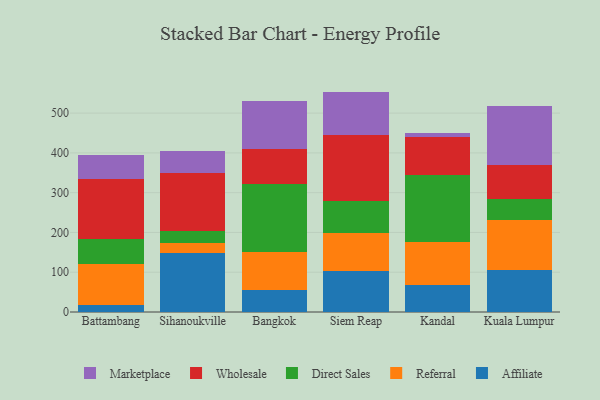
{"axis": {"x": "City", "y": "Demand Index"}, "legend": ["Affiliate", "Direct Sales", "Marketplace", "Referral", "Wholesale"], "data": [{"x": "Battambang", "y": 16.5, "type": "Affiliate"}, {"x": "Battambang", "y": 104.7, "type": "Referral"}, {"x": "Battambang", "y": 62.1, "type": "Direct Sales"}, {"x": "Battambang", "y": 150.0, "type": "Wholesale"}, {"x": "Battambang", "y": 62.1, "type": "Marketplace"}, {"x": "Sihanoukville", "y": 147.8, "type": "Affiliate"}, {"x": "Sihanoukville", "y": 25.5, "type": "Referral"}, {"x": "Sihanoukville", "y": 29.9, "type": "Direct Sales"}, {"x": "Sihanoukville", "y": 145.3, "type": "Wholesale"}, {"x": "Sihanoukville", "y": 57.1, "type": "Marketplace"}, {"x": "Bangkok", "y": 54.1, "type": "Affiliate"}, {"x": "Bangkok", "y": 97.3, "type": "Referral"}, {"x": "Bangkok", "y": 171.6, "type": "Direct Sales"}, {"x": "Bangkok", "y": 86.7, "type": "Wholesale"}, {"x": "Bangkok", "y": 121.0, "type": "Marketplace"}, {"x": "Siem Reap", "y": 103.4, "type": "Affiliate"}, {"x": "Siem Reap", "y": 96.3, "type": "Referral"}, {"x": "Siem Reap", "y": 78.5, "type": "Direct Sales"}, {"x": "Siem Reap", "y": 167.9, "type": "Wholesale"}, {"x": "Siem Reap", "y": 108.0, "type": "Marketplace"}, {"x": "Kandal", "y": 67.7, "type": "Affiliate"}, {"x": "Kandal", "y": 109.1, "type": "Referral"}, {"x": "Kandal", "y": 167.9, "type": "Direct Sales"}, {"x": "Kandal", "y": 95.9, "type": "Wholesale"}, {"x": "Kandal", "y": 9.6, "type": "Marketplace"}, {"x": "Kuala Lumpur", "y": 105.3, "type": "Affiliate"}, {"x": "Kuala Lumpur", "y": 126.2, "type": "Referral"}, {"x": "Kuala Lumpur", "y": 51.6, "type": "Direct Sales"}, {"x": "Kuala Lumpur", "y": 85.7, "type": "Wholesale"}, {"x": "Kuala Lumpur", "y": 150.0, "type": "Marketplace"}]}